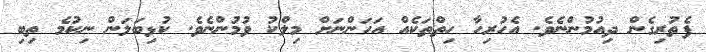
ފެތުރިގެން ދިއުމުންނެވެ. އެހުރިހާ ހިތްތަކެއް އަހަންނަށް މިލްކު ވުމުންނެވެ. ކުޅިބަލަން ނިކުމެ ތިބި